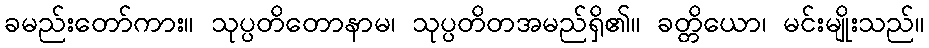
ခမည်းတော်ကား။ သုပ္ပတိတောနာမ၊ သုပ္ပတိတအမည်ရှိ၏။ ခတ္တိယော၊ မင်းမျိုးသည်။